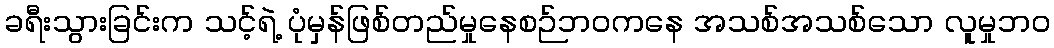
ခရီးသွားခြင်းက သင့်ရဲ့ ပုံမှန်ဖြစ်တည်မှုနေစဉ်ဘဝကနေ အသစ်အသစ်သော လူမှုဘဝ